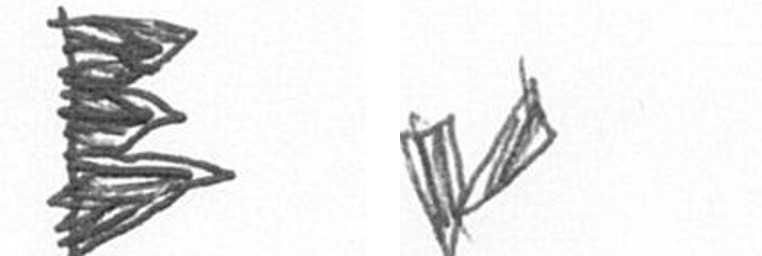
H F